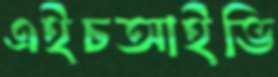
এইচআইভি